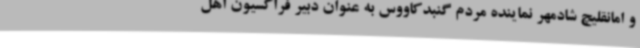
و امانقلیچ شادمهر نماینده مردم گنبدکاووس به عنوان دبیر فراکسیون اهل